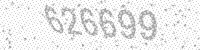
Solution: 626699